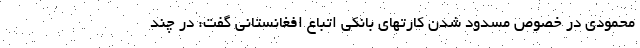
محمودی در خصوص مسدود شدن کارتهای بانکی اتباع افغانستانی گفت: در چند